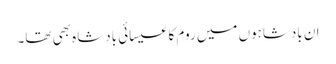
ان بادشاہوں میں روم کا عیسائی بادشاہ بھی تھا۔